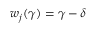
w _ { j } ( \gamma ) = \gamma - \delta